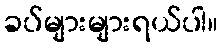
ခပ်များများရယ်ပါ။